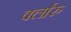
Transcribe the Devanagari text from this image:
वर्लारु